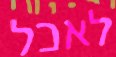
לאכל